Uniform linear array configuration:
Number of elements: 8
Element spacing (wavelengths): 1
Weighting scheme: hamming
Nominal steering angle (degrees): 45
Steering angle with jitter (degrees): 46.845
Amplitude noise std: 0.05
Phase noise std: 0.05

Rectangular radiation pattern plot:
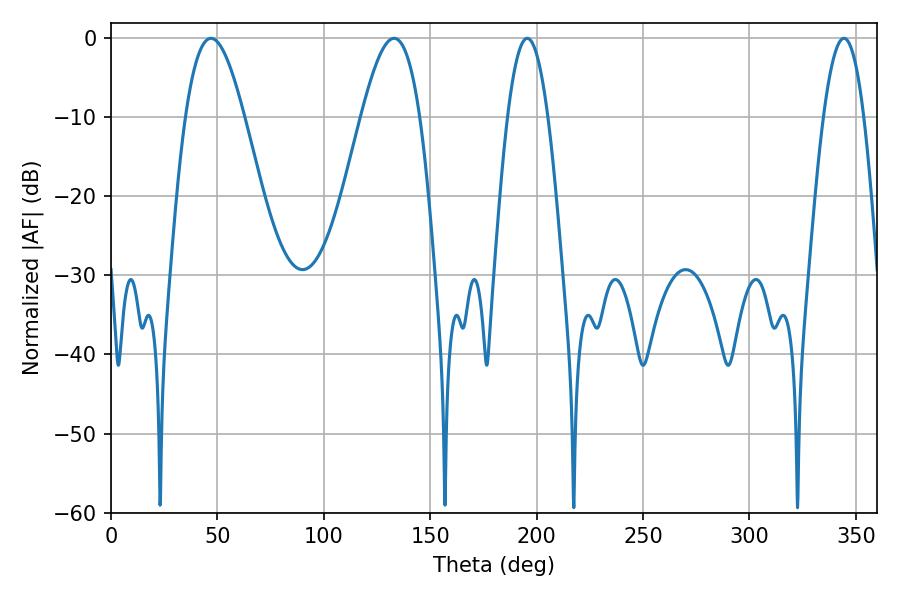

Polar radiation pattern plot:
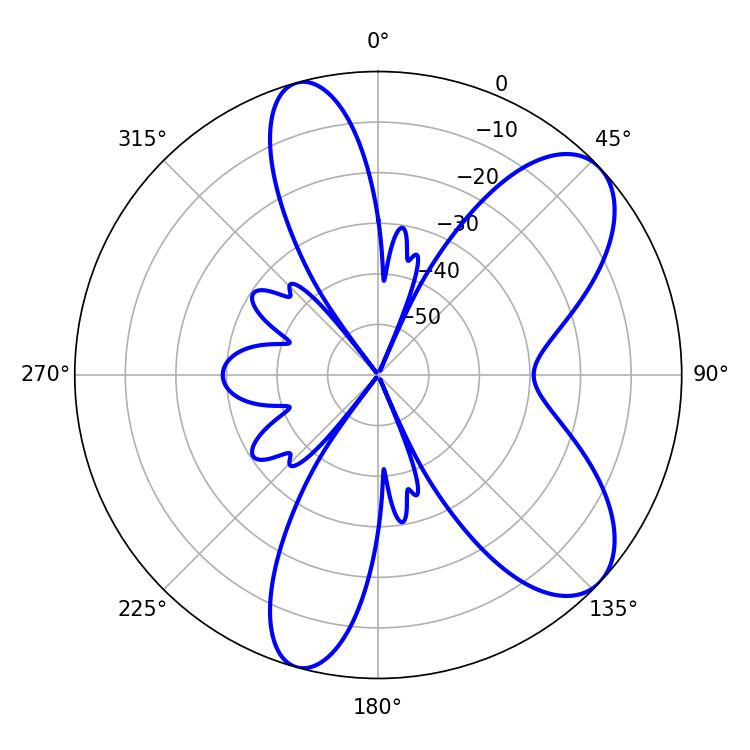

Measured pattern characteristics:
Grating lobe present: TRUE
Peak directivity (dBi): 8.029
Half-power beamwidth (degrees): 14.94
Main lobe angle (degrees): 46.98